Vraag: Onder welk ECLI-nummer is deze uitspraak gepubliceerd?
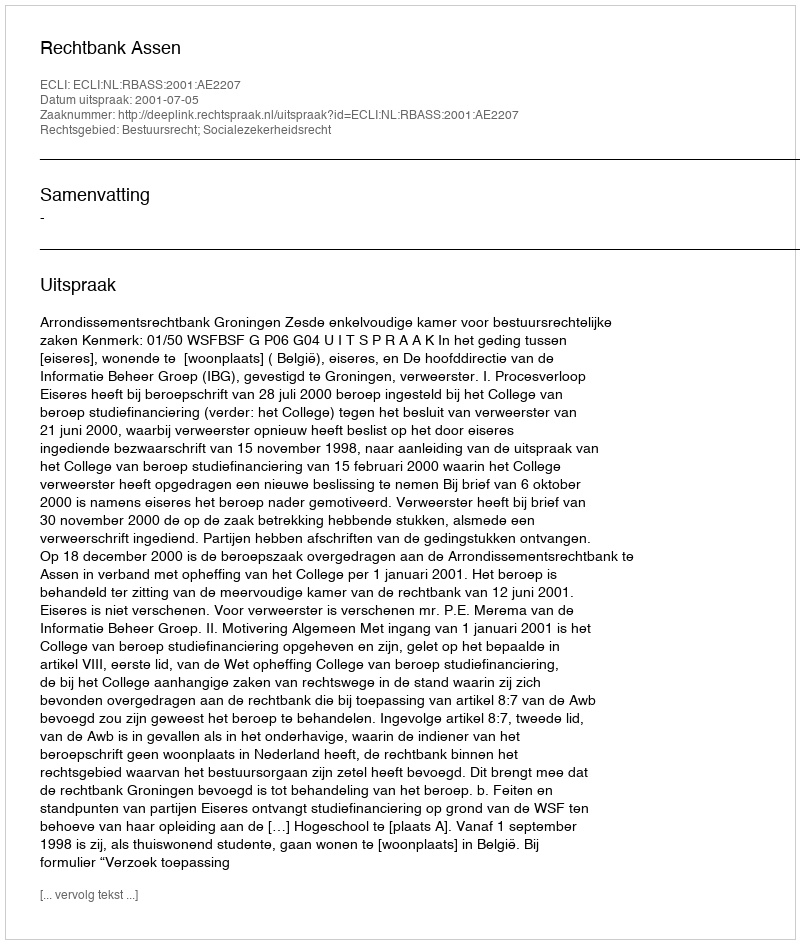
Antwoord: ECLI:NL:RBASS:2001:AE2207